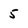
Character: 5